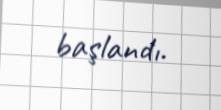
başlandı.